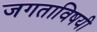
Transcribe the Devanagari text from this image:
जगताविषयी